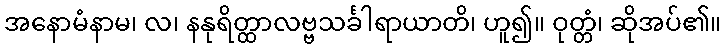
အနောမံနာမ၊ လ၊ နနုရိတ္ထာလဗ္ဗသင်္ခါရာယာတိ၊ ဟူ၍။ ဝုတ္တံ၊ ဆိုအပ်၏။